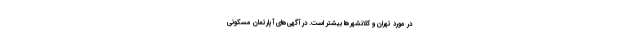
در مورد تهران و کلانشهر‌ها بیشتر است. در آگهی‌های آپارتمان مسکونی